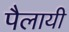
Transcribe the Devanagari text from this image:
पैलायी